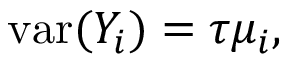
\operatorname { v a r } ( Y _ { i } ) = \tau \mu _ { i } ,